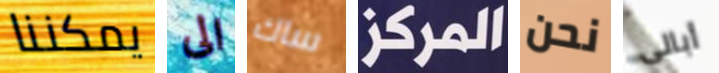
يمكننا الى ساك المركز نحن أبالى